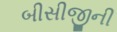
બીસીજીની